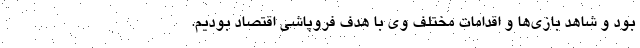
بود و شاهد بازی‌ها و اقدامات مختلف وی با هدف فروپاشی اقتصاد بودیم.